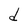
Character: d